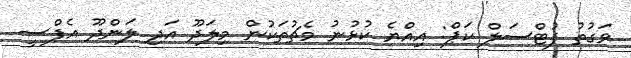
ވަގުތު ފުޓްސަލް ކަޕް: އިއްޔެ ކުޅުނު މެޗުތަކުން މިލަދޫ އަދި ލަންދޫ އެފްސީ